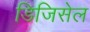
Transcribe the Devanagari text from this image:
डिजिसेल